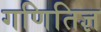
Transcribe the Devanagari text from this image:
गणितिज्ञ